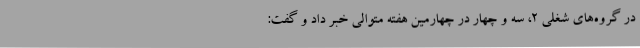
در گروه‌های شغلی ۲، سه و چهار در چهارمین هفته متوالی خبر داد و گفت: